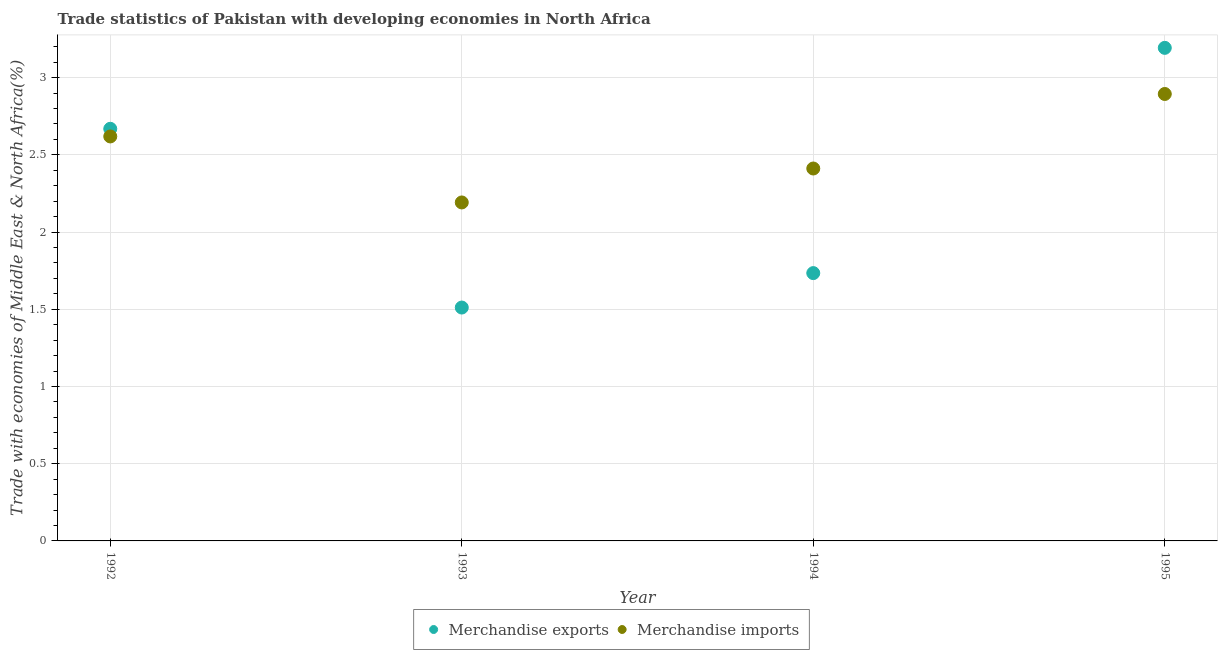
| Year | Merchandise exports | Merchandise imports |
 | --- | --- | --- |
 | 1992 | 2.67 | 2.62 |
 | 1993 | 1.51 | 2.19 |
 | 1994 | 1.73 | 2.41 |
 | 1995 | 3.19 | 2.89 |